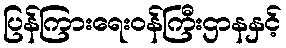
ပြန်ကြားရေးဝန်ကြီးဌာနနှင့်